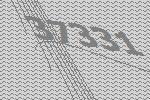
37331